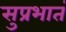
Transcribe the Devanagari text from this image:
सुप्रभातं